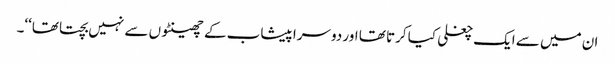
ان میں سے ایک چغلی کیا کرتا تھا اور دوسرا پیشاب کے چھینٹوں سے نہیں بچتا تھا‘‘۔